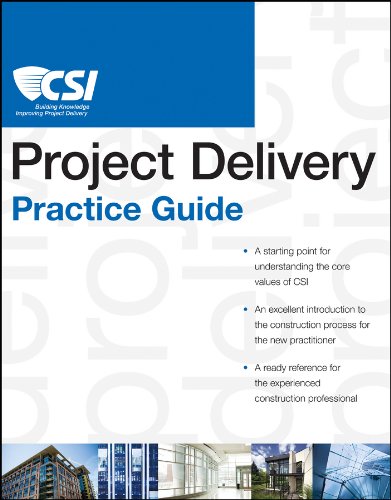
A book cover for The CSI Project Delivery Practice Guide; Construction Specifications Institute; Arts & Photography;